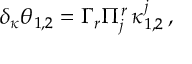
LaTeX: \delta _ { \kappa } \theta _ { 1 , 2 } = \Gamma _ { r } \Pi _ { j } ^ { r } \, \kappa _ { 1 , 2 } ^ { j } \, ,